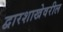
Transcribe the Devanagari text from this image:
द्वारशाखेवरील